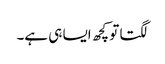
لگتا تو کچھ ایسا ہی ہے۔